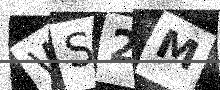
Text: WS2M